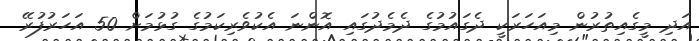
އަދި މީގެއިތުރުން މިއަހަރަކީ ދެގައުމުގެ ދެމެދުގައި އޮންނަ އެކުވެރިކަމުގެ ގުޅުމަށް 50 އަހަރުފުރޭ